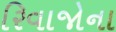
રિવાજોના